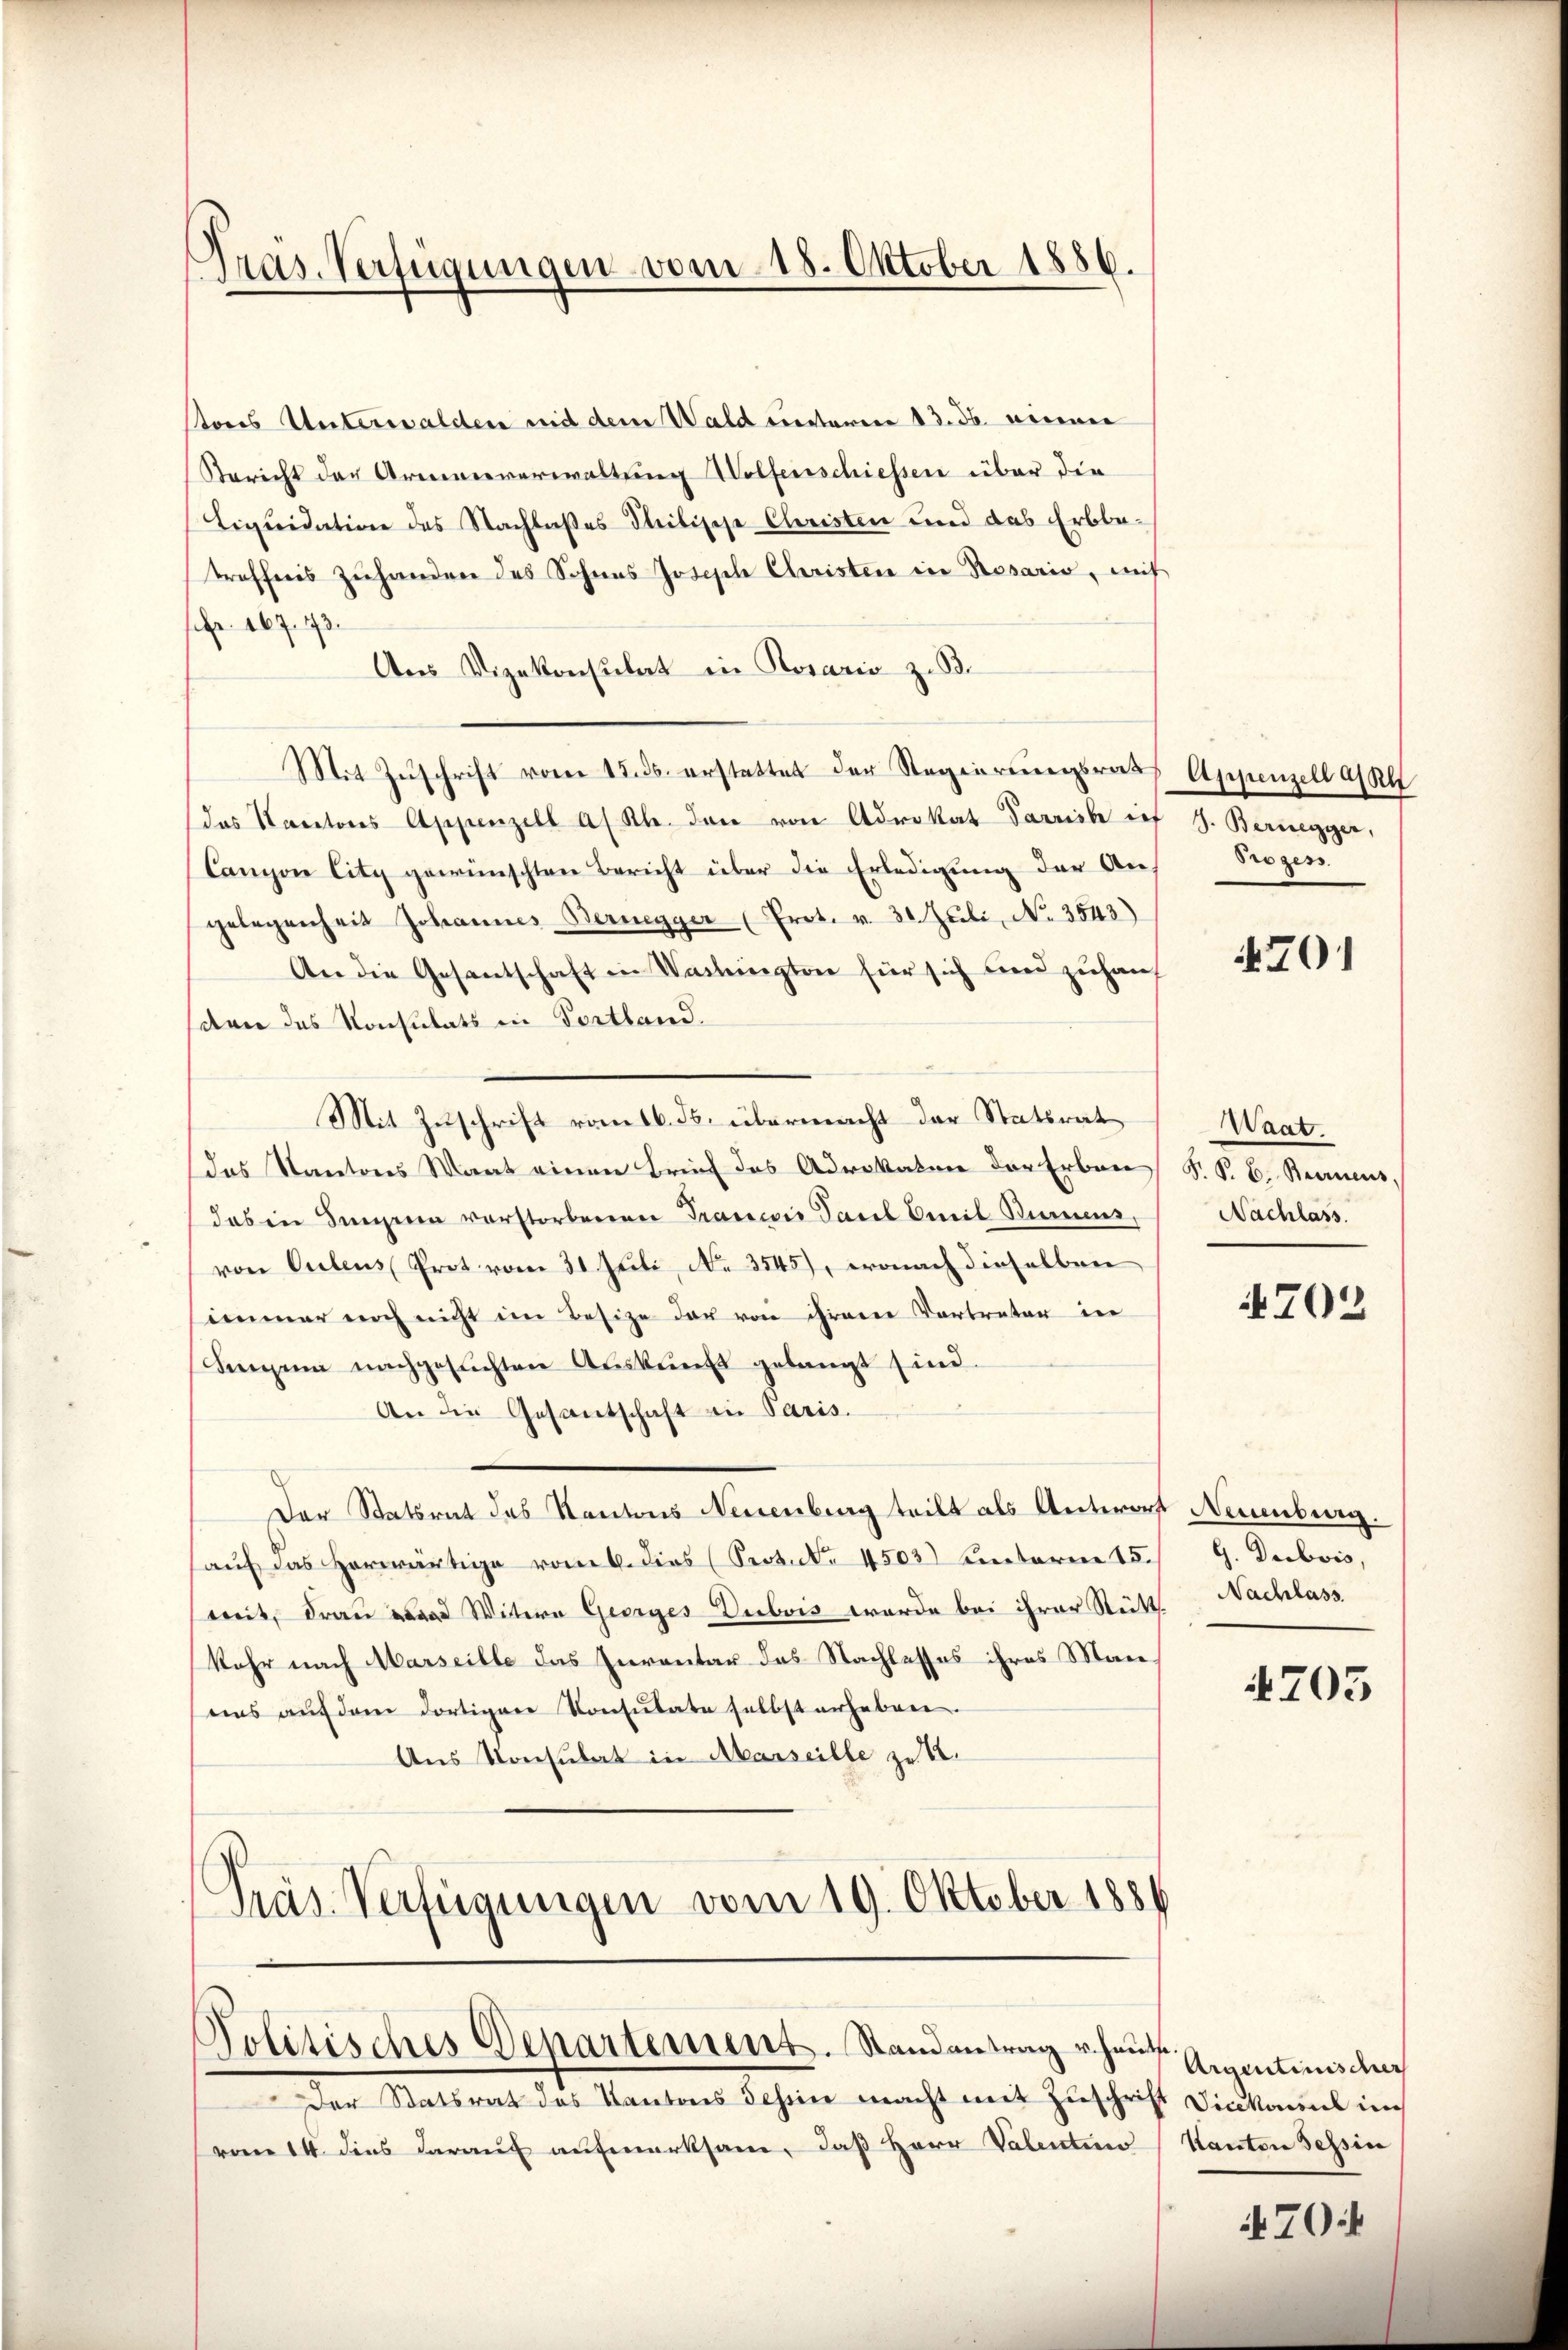
Pras. Verfügungen vom 18. Oktober 1886.

tores Unterwalden mit dem Wald unterm 13. ds. einer
Bericht der Armenverwaltung Wolfenschiessen über die
Liquidation des Nachlaßes Theilische Christen und das Erbbe-
troffenes Zuhandere des Sohnes Joseph Christen in Rosaris, mit
Fr. 167. 73.
Ans Vizekonsulat in Rosario z. B.
Mit Zŭschrift vom 15. ds. erstattet der Regierungsrat Appenzell al
das Kantons Appenzell a/Rh. den von Advokat Parrich ief I. Bernegger,
Canon City gewünschten Bericht über die Erledigung der An-
gelegenheit Johannes Bernegger (Prot. v. 31. Juli, No. 3543)
An die Gesentschaft in Washington für sich und zuhaus
den das Konsulats in Fortland.
Mit Zuschrift vom 16. ds. übermacht der Statsrat
das Kantons Staat einen Brief des Advokaten der Erben S. S. C. Bernens,
das in Singern vorstorbenen Trancis Paul Emil Bummens,
von Culeus Prot vom 31 Juli, No 3545), wonach dieselben
simmer noch nicht im Besize der von ihrere Vertreter in
Singen nachgesuchten Aŭskŭnft gelangt sind.
An die Gesantschaft in Paris.
Der Statsrat des Kantons Neuenburg teilt als Antwort Neuenburg.
auf das herwärtige vom 6. dies (Seotute 4503) Unterm 15./ G. Dubois,
mit, Frau ward Witern Georges Dubois werde bei ihrer Stückt. Nachlass
kehr nach Marseille das Inventar das Nachlasses ihres Manuns auf dem dortiger Konsulate selbst erheben.
Aus Konsulat in Marseille zu S.
Präs. Verfügungen vom 19. Oktober 1884.

Politisches Departement. Randantrag rohen Eigentinische

Der Statsrat des Kantons Scheine macht mit Zuschrift Vicekannt in
vom 14. dies darauf aufmerksam, daß Herr Valenten

Prozess

4701

Waat.
Nachlass.

4702

4703

Kanton Tessin

704